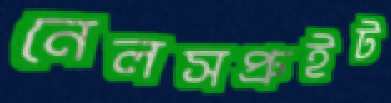
নেলসপ্রুইট